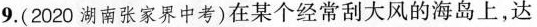
9.(2020湖南张家界中考)在某个经常刮大风的海岛上，达